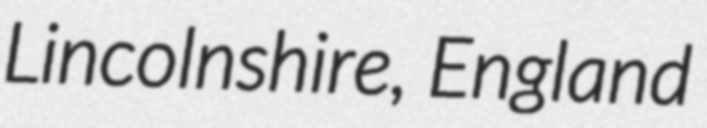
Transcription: Lincolnshire, England